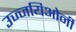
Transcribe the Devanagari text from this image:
उज्जयिओनी